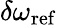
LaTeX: \delta\omega_{\mathrm{ref}}